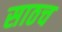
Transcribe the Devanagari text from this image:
साठच